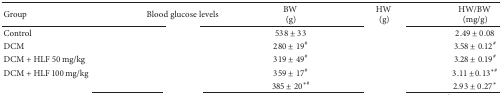
<table><thead><tr><td><b>Group</b></td><td><b>Blood glucose levels</b></td><td><b>BW (g)</b></td><td><b>HW (g)</b></td><td><b>HW/BW (mg/g)</b></td></tr></thead><tbody><tr><td>Control</td><td>[EMPTY_CELL]</td><td>538 ± 33</td><td>[EMPTY_CELL]</td><td>2.49 ± 0.08</td></tr><tr><td>DCM</td><td>[EMPTY_CELL]</td><td>280 ± 19<sup>#</sup></td><td>[EMPTY_CELL]</td><td>3.58 ± 0.12<sup>#</sup></td></tr><tr><td>DCM + HLF 50 mg/kg</td><td>[EMPTY_CELL]</td><td>319 ± 49<sup>#</sup></td><td>[EMPTY_CELL]</td><td>3.28 ± 0.19<sup>#</sup></td></tr><tr><td>DCM + HLF 100 mg/kg</td><td>[EMPTY_CELL]</td><td>359 ± 17<sup>#</sup></td><td>[EMPTY_CELL]</td><td>3.11 ± 0.13<sup><i>∗</i>#</sup></td></tr><tr><td>[EMPTY_CELL]</td><td>[EMPTY_CELL]</td><td>385 ± 20<sup><i>∗</i>#</sup></td><td>[EMPTY_CELL]</td><td>2.93 ± 0.27<sup><i>∗</i></sup></td></tr></tbody></table>